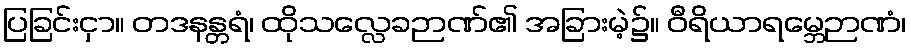
ပြခြင်းငှာ။ တဒနန္တရံ၊ ထိုသလ္လေခဉာဏ်၏ အခြားမဲ့၌။ ဝီရိယာရမ္ဘေဉာဏံ၊